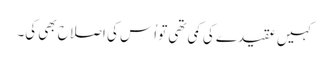
کہیں عقیدے کی کمی تھی تو اُس کی اصلاح بھی کی۔